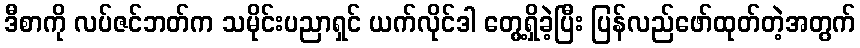
ဒီစာကို လပ်ဇင်ဘတ်က သမိုင်းပညာရှင် ယက်လိုင်ဒါ တွေ့ရှိခဲ့ပြီး ပြန်လည်ဖော်ထုတ်တဲ့အတွက်